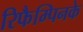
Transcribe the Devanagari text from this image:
रिफैम्पिनके